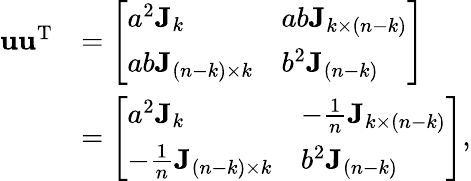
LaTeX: \begin{array}{rl}{\mathbf u\mathbf u^{\mathrm T}}&{=\left[\begin{array}{ll}{a^{2}\mathbf J_{k}}&{ab\mathbf J_{k\times(n-k)}}\\ {ab\mathbf J_{(n-k)\times k}}&{b^{2}\mathbf J_{(n-k)}}\end{array}\right]}\\ &{=\left[\begin{array}{ll}{a^{2}\mathbf J_{k}}&{-\frac 1n\mathbf J_{k\times(n-k)}}\\ {-\frac 1n\mathbf J_{(n-k)\times k}}&{b^{2}\mathbf J_{(n-k)}}\end{array}\right],}\end{array}